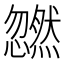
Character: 𫻜